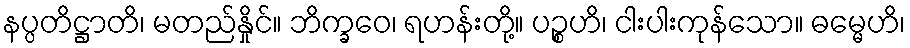
နပ္ပတိဋ္ဌာတိ၊ မတည်နှိုင်။ ဘိက္ခဝေ၊ ရဟန်းတို့။ ပဉ္စဟိ၊ ငါးပါးကုန်သော။ ဓမ္မေဟိ၊